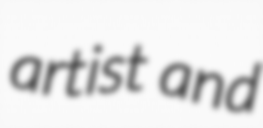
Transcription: artist and